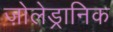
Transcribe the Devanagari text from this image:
ज़ोलेड्रानिक